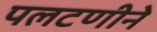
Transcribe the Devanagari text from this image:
पलटणीने